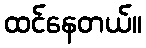
ထင်နေတယ်။